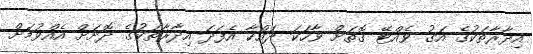
އިދާރާތަކުގެ އަގު ވެއްޓޭ ގޮތަށް ވާހަކަ ދައްކާ އެފަދަ އިދާރާތަކުގެ ދޮށަށް އެއްވުމަށް